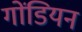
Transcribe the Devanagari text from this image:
गोंडियन